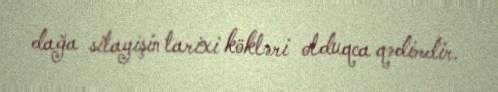
dağa sitayişin tarixi kökləri olduqca qədimdir.